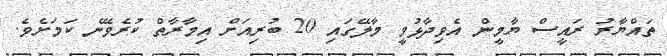
ތައްޔާރު ރައީސް ޔާމީން އެވިދާޅުވީ މާލޭގައި 20 ބުރިއަށް އިމާރާތް ކުރެވޭނެ ކަމަށެވެ.